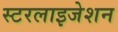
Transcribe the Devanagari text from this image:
स्टरलाइजेशन